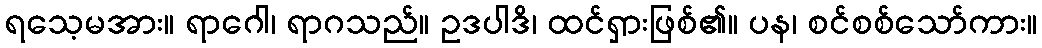
ရသေ့မအား။ ရာဂေါ၊ ရာဂသည်။ ဥဒပါဒိ၊ ထင်ရှားဖြစ်၏။ ပန၊ စင်စစ်သော်ကား။